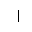
Letter: _alif